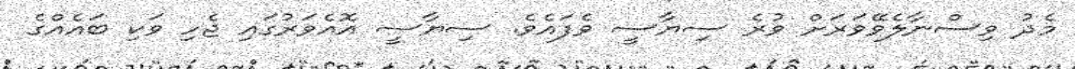
މެދު ވިސްނާލެވޭވަރަށް ވުރެ ސިޔާސީ ވެފައެވެ. ސިޔާސީ އޮއެވަރުގައި ޖެހި ވަކި ބައެއްގެ